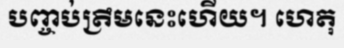
បញ្ចប់ត្រឹមនេះហើយ។ ហេតុ